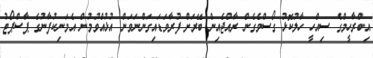
އިބްރާހީމްގެ ސިއްހީ ހާލުކޮޅު ގޯސްވެގެން ރާއްޖެއިން ބޭރަށް ފުރާވަޑައިގަންނަވަން އުޅުއްވުމުން އެމަނިކުފާނުގެ ޕާސްޕޯޓު